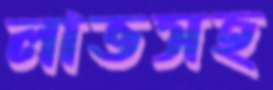
লাভসহ